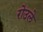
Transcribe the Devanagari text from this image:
रोउले